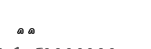
١١